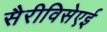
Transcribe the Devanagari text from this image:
सैरीविसेएई